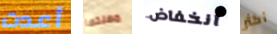
أعدت مهنتها انخفاض أكثر